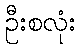
ဦးစလုံး